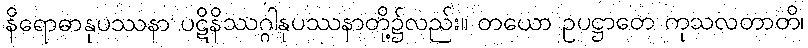
နိရောဓာနုပဿနာ ပဋိနိဿဂ္ဂါနုပဿနာတို့၌လည်း။ တယော ဥပဋ္ဌာတေ ကုသလတာတိ၊